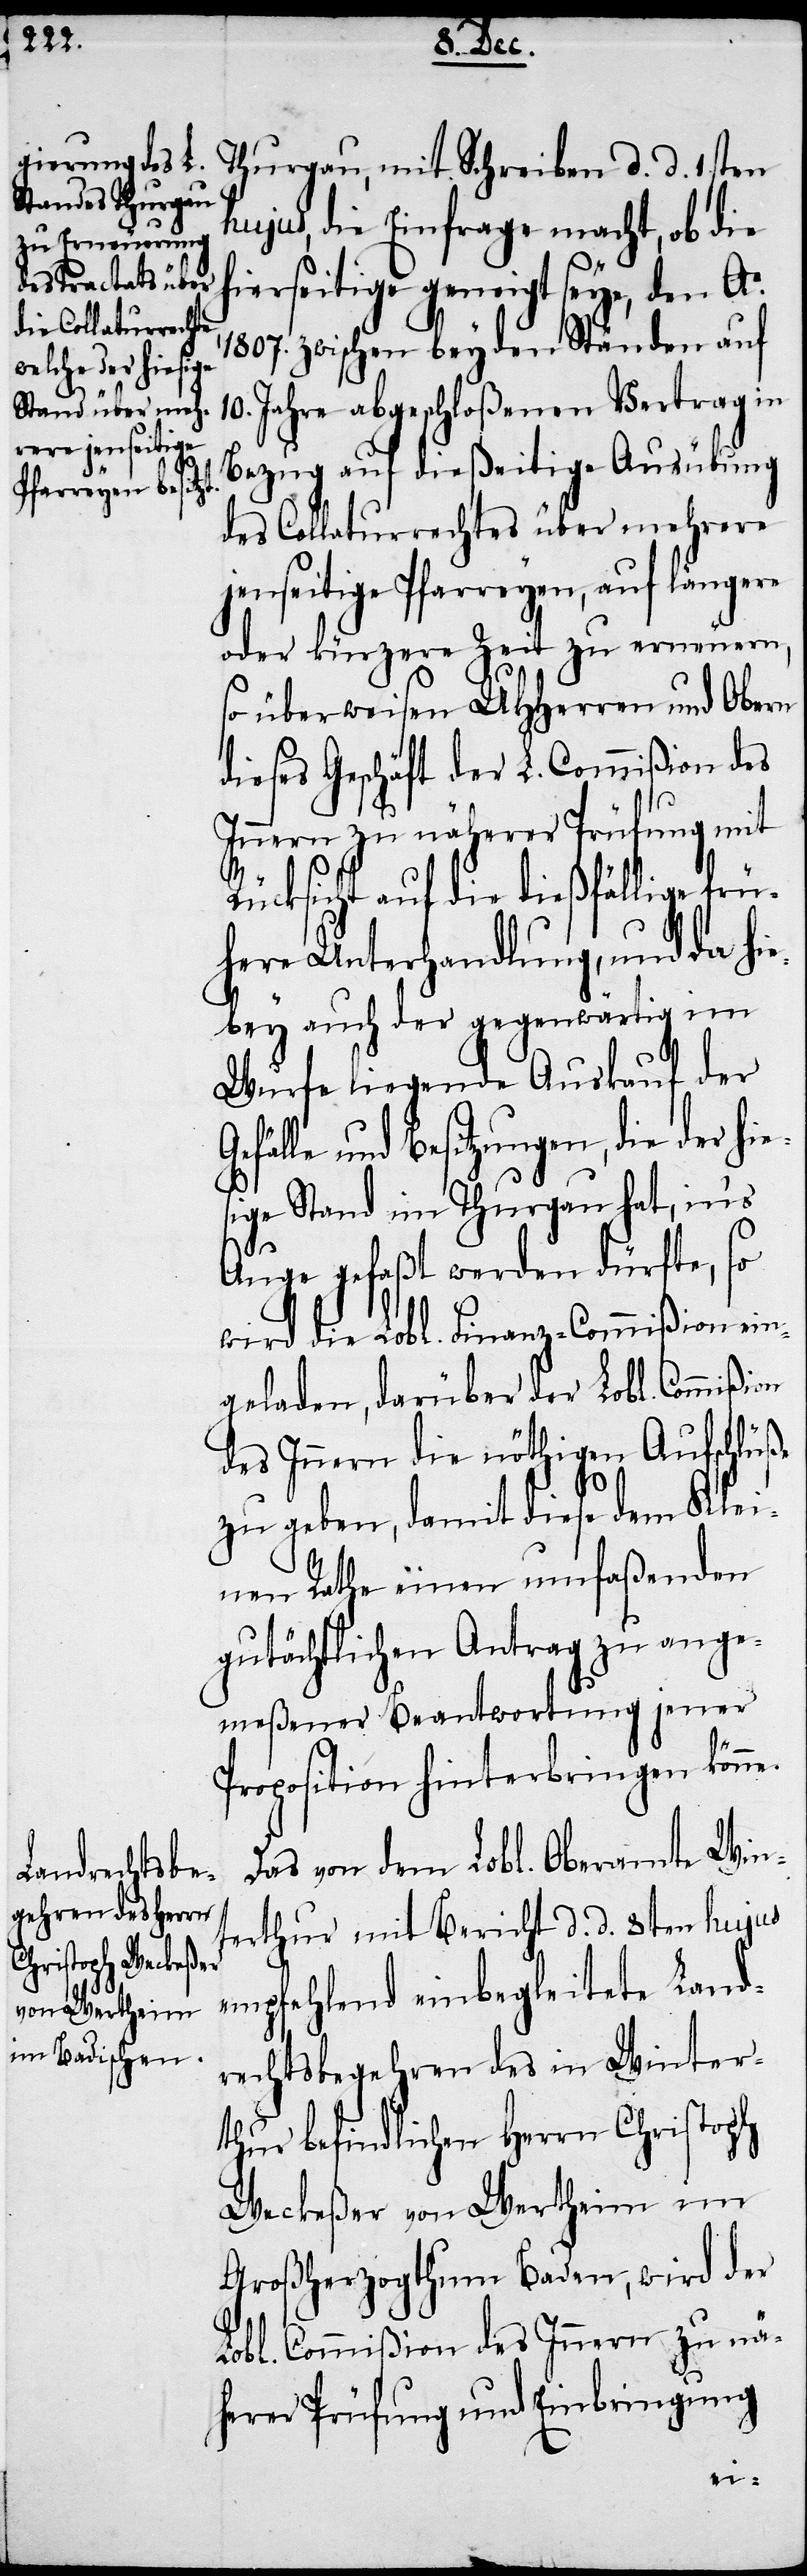
Thurgau, mit Schreiben d. d. 1sten
hujus, die Einfrage macht, ob die
hierseitige geneigt seye, den Ao.
1807. zwischen beyden Ständen auf
10. Jahre abgeschloßenen Vertrag in
Bezug auf dießeitige Ausübung
des Collaturrechtes über mehrere
jenseitige Pfarreyen, auf längere
oder kürzere Zeit zu erneuern,
so überweisen UHHerren und Obern
dieses Geschäft der L. Commißion des
Innern zu näherer Prüfung mit
Rücksicht auf die dießfällige frü¬
here Unterhandlung, und da hie¬
bey auch der gegenwärtig im
Wurfe liegende Auskauf der
fälle und Besitzungen, die der hie¬
sige Stand im Thurgau hat, in’s
Auge gefaßt werden dürfte, so
wird die Lobl. Finanz-Commißion ein¬
geladen, darüber der Lobl. Commißion
des Innern die nöthigen Aufschlüße
zu geben, damit diese dem Klei¬
nen Rathe einen umfaßenden
gutächtlichen Antrag zu ange¬
meßener Beantwortung jener
Proposition hinterbringen könne.
Das von dem Lobl. Oberamte Win¬
terthur mit Bericht d. d. 8ten hujus
empfehlend einbegleitete Land¬
rechtsbegehren des in Winter¬
thur befindlichen Herrn Christoph
Weckeßer von Wertheim im
Großherzogthum Baden, wird der
L. Commißion des Innern zu nä¬
herer Prüfung und Einbringung
Ge¬